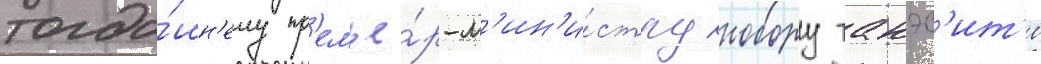
тогда́шн'ему пр'емье́р-м'ин'и́стру нобору такэс'ит'е